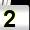
Digit: 2